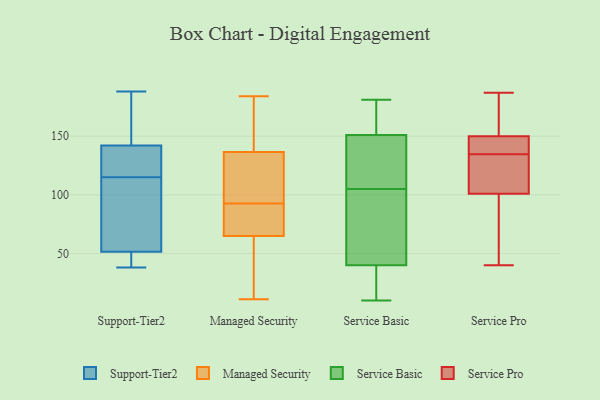
{"axis": {"x": "Backlog", "y": "Value"}, "legend": ["Managed Security", "Service Basic", "Service Pro", "Support-Tier2"], "data": [{"x": "", "y": 38, "type": "Support-Tier2"}, {"x": "", "y": 51, "type": "Support-Tier2"}, {"x": "", "y": 139, "type": "Support-Tier2"}, {"x": "", "y": 52, "type": "Support-Tier2"}, {"x": "", "y": 99, "type": "Support-Tier2"}, {"x": "", "y": 145, "type": "Support-Tier2"}, {"x": "", "y": 136, "type": "Support-Tier2"}, {"x": "", "y": 174, "type": "Support-Tier2"}, {"x": "", "y": 49, "type": "Support-Tier2"}, {"x": "", "y": 188, "type": "Support-Tier2"}, {"x": "", "y": 129, "type": "Support-Tier2"}, {"x": "", "y": 101, "type": "Support-Tier2"}, {"x": "", "y": 147, "type": "Managed Security"}, {"x": "", "y": 147, "type": "Managed Security"}, {"x": "", "y": 11, "type": "Managed Security"}, {"x": "", "y": 112, "type": "Managed Security"}, {"x": "", "y": 20, "type": "Managed Security"}, {"x": "", "y": 19, "type": "Managed Security"}, {"x": "", "y": 97, "type": "Managed Security"}, {"x": "", "y": 62, "type": "Managed Security"}, {"x": "", "y": 184, "type": "Managed Security"}, {"x": "", "y": 131, "type": "Managed Security"}, {"x": "", "y": 68, "type": "Managed Security"}, {"x": "", "y": 77, "type": "Managed Security"}, {"x": "", "y": 78, "type": "Managed Security"}, {"x": "", "y": 118, "type": "Managed Security"}, {"x": "", "y": 142, "type": "Managed Security"}, {"x": "", "y": 154, "type": "Managed Security"}, {"x": "", "y": 104, "type": "Managed Security"}, {"x": "", "y": 88, "type": "Managed Security"}, {"x": "", "y": 17, "type": "Managed Security"}, {"x": "", "y": 85, "type": "Managed Security"}, {"x": "", "y": 74, "type": "Service Basic"}, {"x": "", "y": 55, "type": "Service Basic"}, {"x": "", "y": 40, "type": "Service Basic"}, {"x": "", "y": 16, "type": "Service Basic"}, {"x": "", "y": 181, "type": "Service Basic"}, {"x": "", "y": 115, "type": "Service Basic"}, {"x": "", "y": 10, "type": "Service Basic"}, {"x": "", "y": 151, "type": "Service Basic"}, {"x": "", "y": 175, "type": "Service Basic"}, {"x": "", "y": 95, "type": "Service Basic"}, {"x": "", "y": 152, "type": "Service Basic"}, {"x": "", "y": 157, "type": "Service Basic"}, {"x": "", "y": 149, "type": "Service Basic"}, {"x": "", "y": 61, "type": "Service Basic"}, {"x": "", "y": 21, "type": "Service Basic"}, {"x": "", "y": 39, "type": "Service Basic"}, {"x": "", "y": 115, "type": "Service Basic"}, {"x": "", "y": 139, "type": "Service Basic"}, {"x": "", "y": 169, "type": "Service Pro"}, {"x": "", "y": 151, "type": "Service Pro"}, {"x": "", "y": 40, "type": "Service Pro"}, {"x": "", "y": 187, "type": "Service Pro"}, {"x": "", "y": 128, "type": "Service Pro"}, {"x": "", "y": 92, "type": "Service Pro"}, {"x": "", "y": 143, "type": "Service Pro"}, {"x": "", "y": 176, "type": "Service Pro"}, {"x": "", "y": 47, "type": "Service Pro"}, {"x": "", "y": 45, "type": "Service Pro"}, {"x": "", "y": 141, "type": "Service Pro"}, {"x": "", "y": 78, "type": "Service Pro"}, {"x": "", "y": 131, "type": "Service Pro"}, {"x": "", "y": 149, "type": "Service Pro"}, {"x": "", "y": 126, "type": "Service Pro"}, {"x": "", "y": 138, "type": "Service Pro"}, {"x": "", "y": 123, "type": "Service Pro"}, {"x": "", "y": 170, "type": "Service Pro"}, {"x": "", "y": 110, "type": "Service Pro"}, {"x": "", "y": 141, "type": "Service Pro"}]}